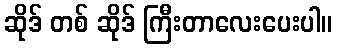
ဆိုဒ် တစ် ဆိုဒ် ကြီးတာလေးပေးပါ။